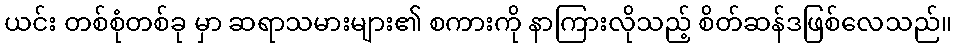
ယင်း တစ်စုံတစ်ခု မှာ ဆရာသမားများ၏ စကားကို နာကြားလိုသည့် စိတ်ဆန်ဒဖြစ်လေသည်။